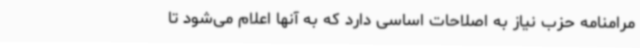
مرامنامه حزب نیاز به اصلاحات اساسی دارد که به آنها اعلام می‌شود تا